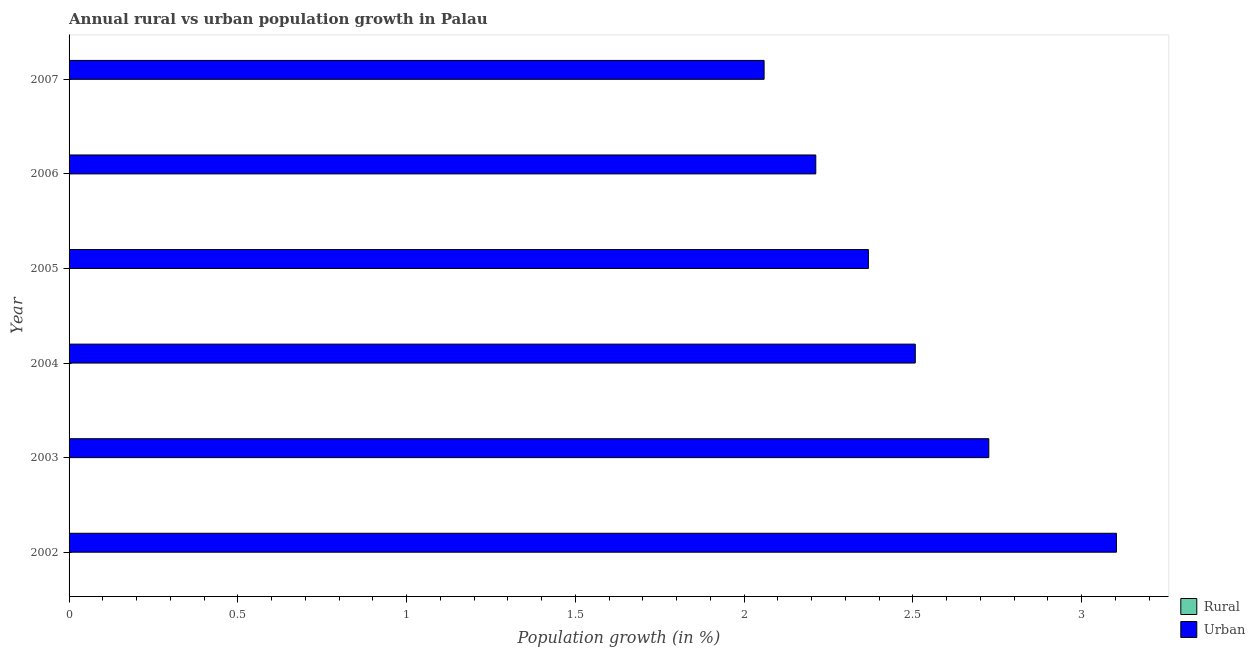
| Year | Rural | Urban  |
 | --- | --- | --- |
 | 2002 | -4.97 | 3.1 |
 | 2003 | -5.31 | 2.72 |
 | 2004 | -5.57 | 2.51 |
 | 2005 | -5.69 | 2.37 |
 | 2006 | -5.58 | 2.21 |
 | 2007 | -5.46 | 2.06 |